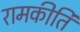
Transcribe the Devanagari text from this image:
रामकीर्ति